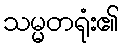
သမ္မတရုံး၏